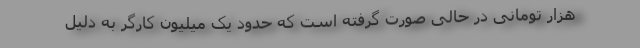
هزار تومانی در حالی صورت گرفته است که حدود یک میلیون کارگر به دلیل